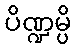
ပိဏ္ဍမ္ပိ